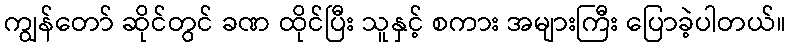
ကျွန်တော် ဆိုင်တွင် ခဏ ထိုင်ပြီး သူနှင့် စကား အများကြီး ပြောခဲ့ပါတယ်။